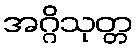
အဂ္ဂိသုတ္တ